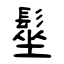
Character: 髽